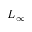
L _ { \infty }